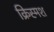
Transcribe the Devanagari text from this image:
क्रिस्मश